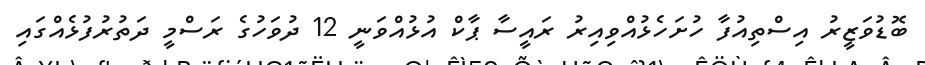
ބޮޑުވަޒީރު އިސްތިއުފާ ހުށަހެޅުއްވިއިރު ރައީސާ ޕާކް އުޅުއްވަނީ 12 ދުވަހުގެ ރަސްމީ ދަތުރުފުޅެއްގައި